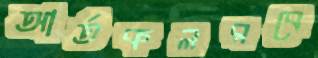
আর্তকলরবে